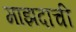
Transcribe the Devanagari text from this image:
माझदाची